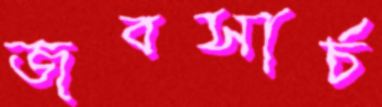
জবসার্চ